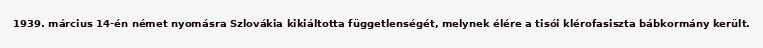
1939. március 14-én német nyomásra Szlovákia kikiáltotta függetlenségét, melynek élére a tisói klérofasiszta bábkormány került.